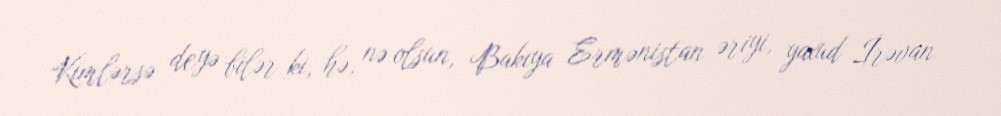
Kimlərsə deyə bilər ki, hə, nə olsun, Bakıya Ermənistan əriyi, yaxud İrəvan